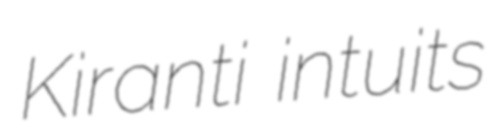
Kiranti intuits